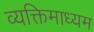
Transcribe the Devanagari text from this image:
व्यक्तिमाध्यम